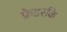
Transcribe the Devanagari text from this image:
फ्रेडरकि